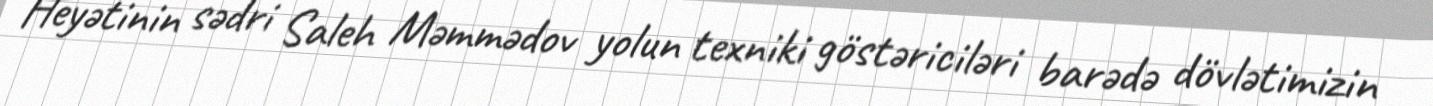
Heyətinin sədri Saleh Məmmədov yolun texniki göstəriciləri barədə dövlətimizin